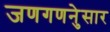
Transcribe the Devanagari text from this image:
जणगणनेुसार